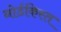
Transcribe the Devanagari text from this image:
नोर्डकिस्त